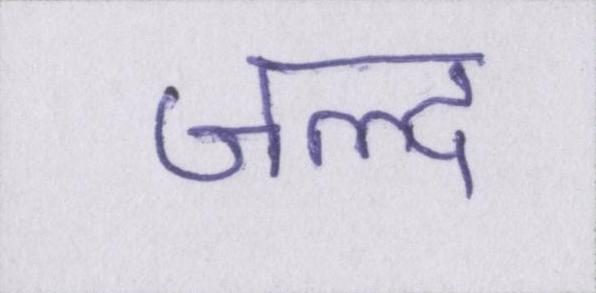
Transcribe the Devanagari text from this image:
जल्द